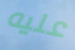
عليه